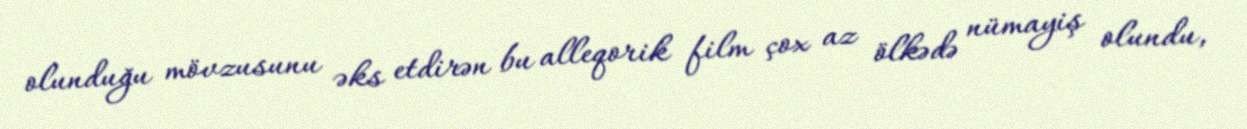
olunduğu mövzusunu əks etdirən bu alleqorik film çox az ölkədə nümayiş olundu,